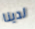
لدينا